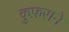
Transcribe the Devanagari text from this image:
कुफ़राने